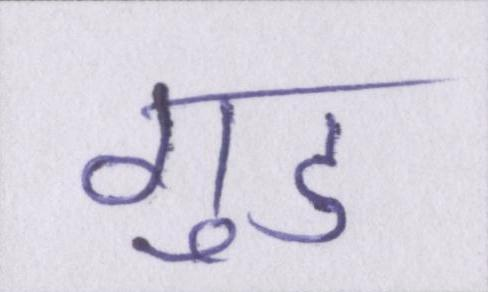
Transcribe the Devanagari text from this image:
गुड